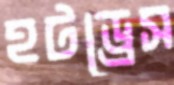
হটড্রেস